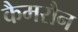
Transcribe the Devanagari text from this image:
कैमरौन